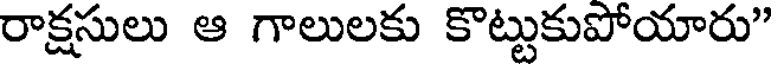
రాక్షసులు ఆ గాలులకు కొట్టుకుపోయారు"